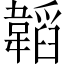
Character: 韜